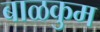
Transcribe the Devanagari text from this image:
बाळकुम